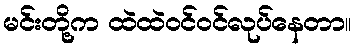
မင်းတို့က ထဲထဲဝင်ဝင်လုပ်နေတာ။